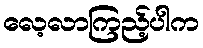
လေ့လာကြည့်ပါက